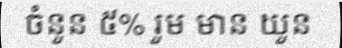
ចំនួន ៥% រួម មាន យួន